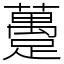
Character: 躉